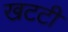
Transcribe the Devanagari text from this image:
खटटी